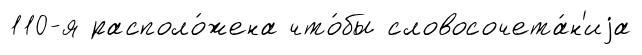
110-я располо́жена что́бы словосочета́н'иjа